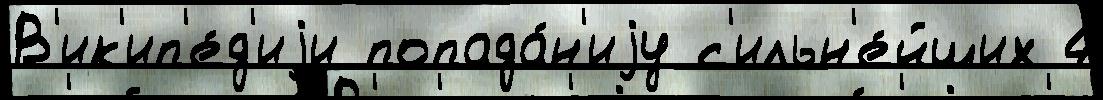
В'ик'ип'е́д'иjи попада́н'иjу с'ильн'е́йших 4